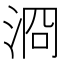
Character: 浻